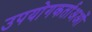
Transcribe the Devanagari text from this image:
उपयोगकर्ताअओं